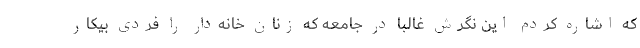
که اشاره کردم این نگرش غالبا در جامعه که زنان خانه‌دار را فردی بیکار